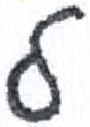
אות: ל